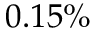
0 . 1 5 \%